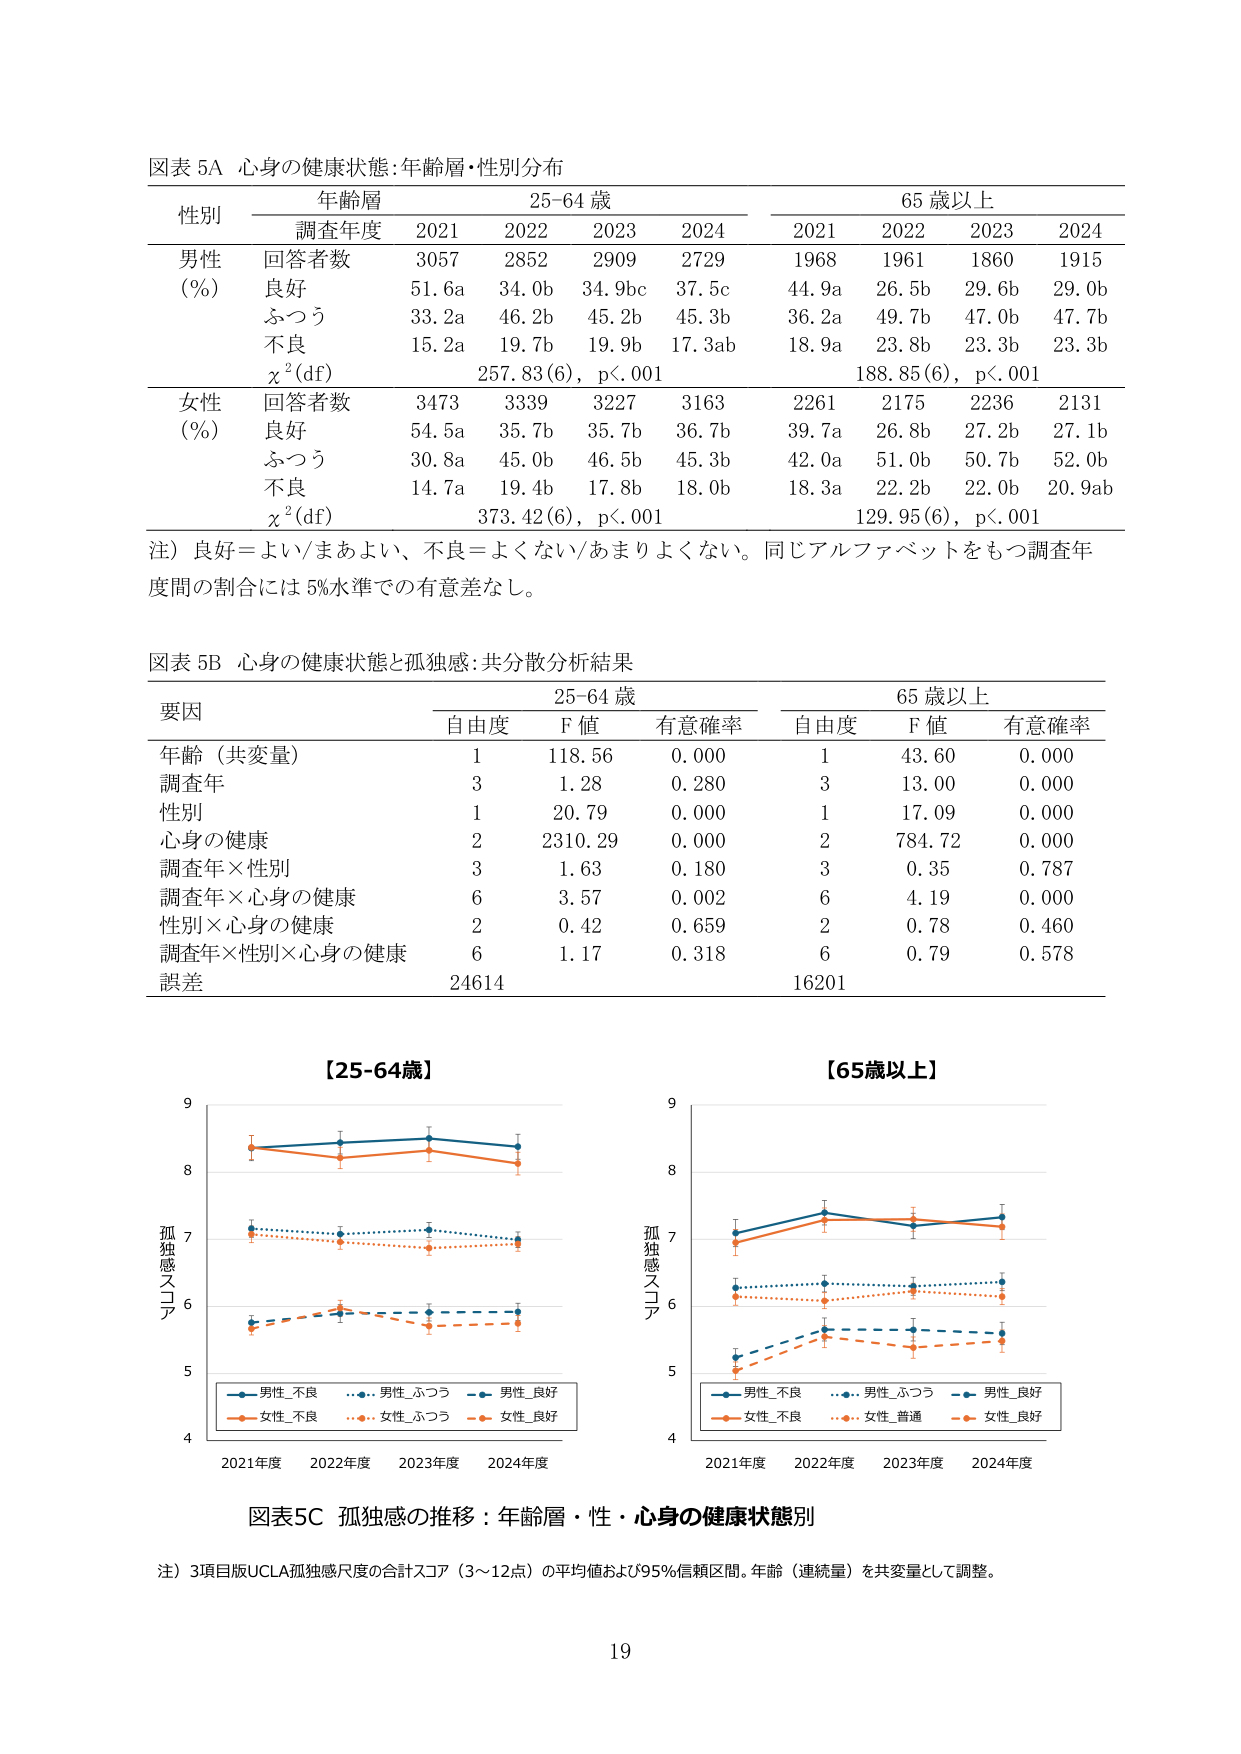
図表 5A 心身の健康状態：年齢層・性別分布

性別 年齢層 25-64 歳 65 歳以上
　　　調査年度 2021 2022 2023 2024 2021 2022 2023 2024

男性 回答者数 3057 2852 2909 2729 1968 1961 1860 1915
(%) 良好 51.6a 34.0b 34.9bc 37.5c 44.9a 26.5b 29.6b 29.0b
　　ふつう 33.2a 46.2b 45.2b 45.3b 36.2a 49.7b 47.0b 47.7b
　　不良 15.2a 19.7b 19.9b 17.3ab 18.9a 23.8b 23.3b 23.3b
　　χ²(df) 257.83(6), p<.001 188.85(6), p<.001

女性 回答者数 3473 3339 3227 3163 2261 2175 2236 2131
(%) 良好 54.5a 35.7b 35.7b 36.7b 39.7a 26.8b 27.2b 27.1b
　　ふつう 30.8a 45.0b 46.5b 45.3b 42.0a 51.0b 50.7b 52.0b
　　不良 14.7a 19.4b 17.8b 18.0b 18.3a 22.2b 22.0b 20.9ab
　　χ²(df) 373.42(6), p<.001 129.95(6), p<.001

注）良好＝よい/まあよい、不良＝よくない/あまりよくない。同じアルファベットをもつ調査年度間の割合には5%水準での有意差なし。

図表 5B 心身の健康状態と孤独感：共分散分析結果

要因 25-64 歳 65 歳以上
　　　自由度 F 値 有意確率 自由度 F 値 有意確率

年齢（共変量） 1 118.56 0.000 1 43.60 0.000
調査年 3 1.28 0.280 3 13.00 0.000
性別 1 20.79 0.000 1 17.09 0.000
心身の健康 2 2310.29 0.000 2 784.72 0.000
調査年×性別 3 1.63 0.180 3 0.35 0.787
調査年×心身の健康 6 3.57 0.002 6 4.19 0.000
性別×心身の健康 2 0.42 0.659 2 0.78 0.460
調査年×性別×心身の健康 6 1.17 0.318 6 0.79 0.578
誤差 24614 16201

【25-64歳】
【65歳以上】

孤独感スコア
　　　9
　　　8
　　　7
　　　6
　　　5
　　　4
　　　2021年度 2022年度 2023年度 2024年度

　　　　■ 男性_不良 …… 男性_ふつう —— 男性_良好
　　　　■ 女性_不良 …… 女性_ふつう —— 女性_良好

孤独感スコア
　　　9
　　　8
　　　7
　　　6
　　　5
　　　4
　　　2021年度 2022年度 2023年度 2024年度

　　　　■ 男性_不良 …… 男性_ふつう —— 男性_良好
　　　　■ 女性_不良 …… 女性_普通 —— 女性_良好

図表5C 孤独感の推移：年齢層・性・心身の健康状態別

注）3項目版UCLA孤独感尺度の合計スコア（3～12点）の平均値および95%信頼区間。年齢（連続量）を共変量として調整。

19